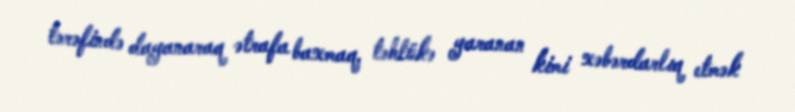
tərəfində dayanaraq ətrafa baxmaq, təhlükə yaranan kimi xəbərdarlıq etmək